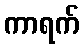
ကာရက်